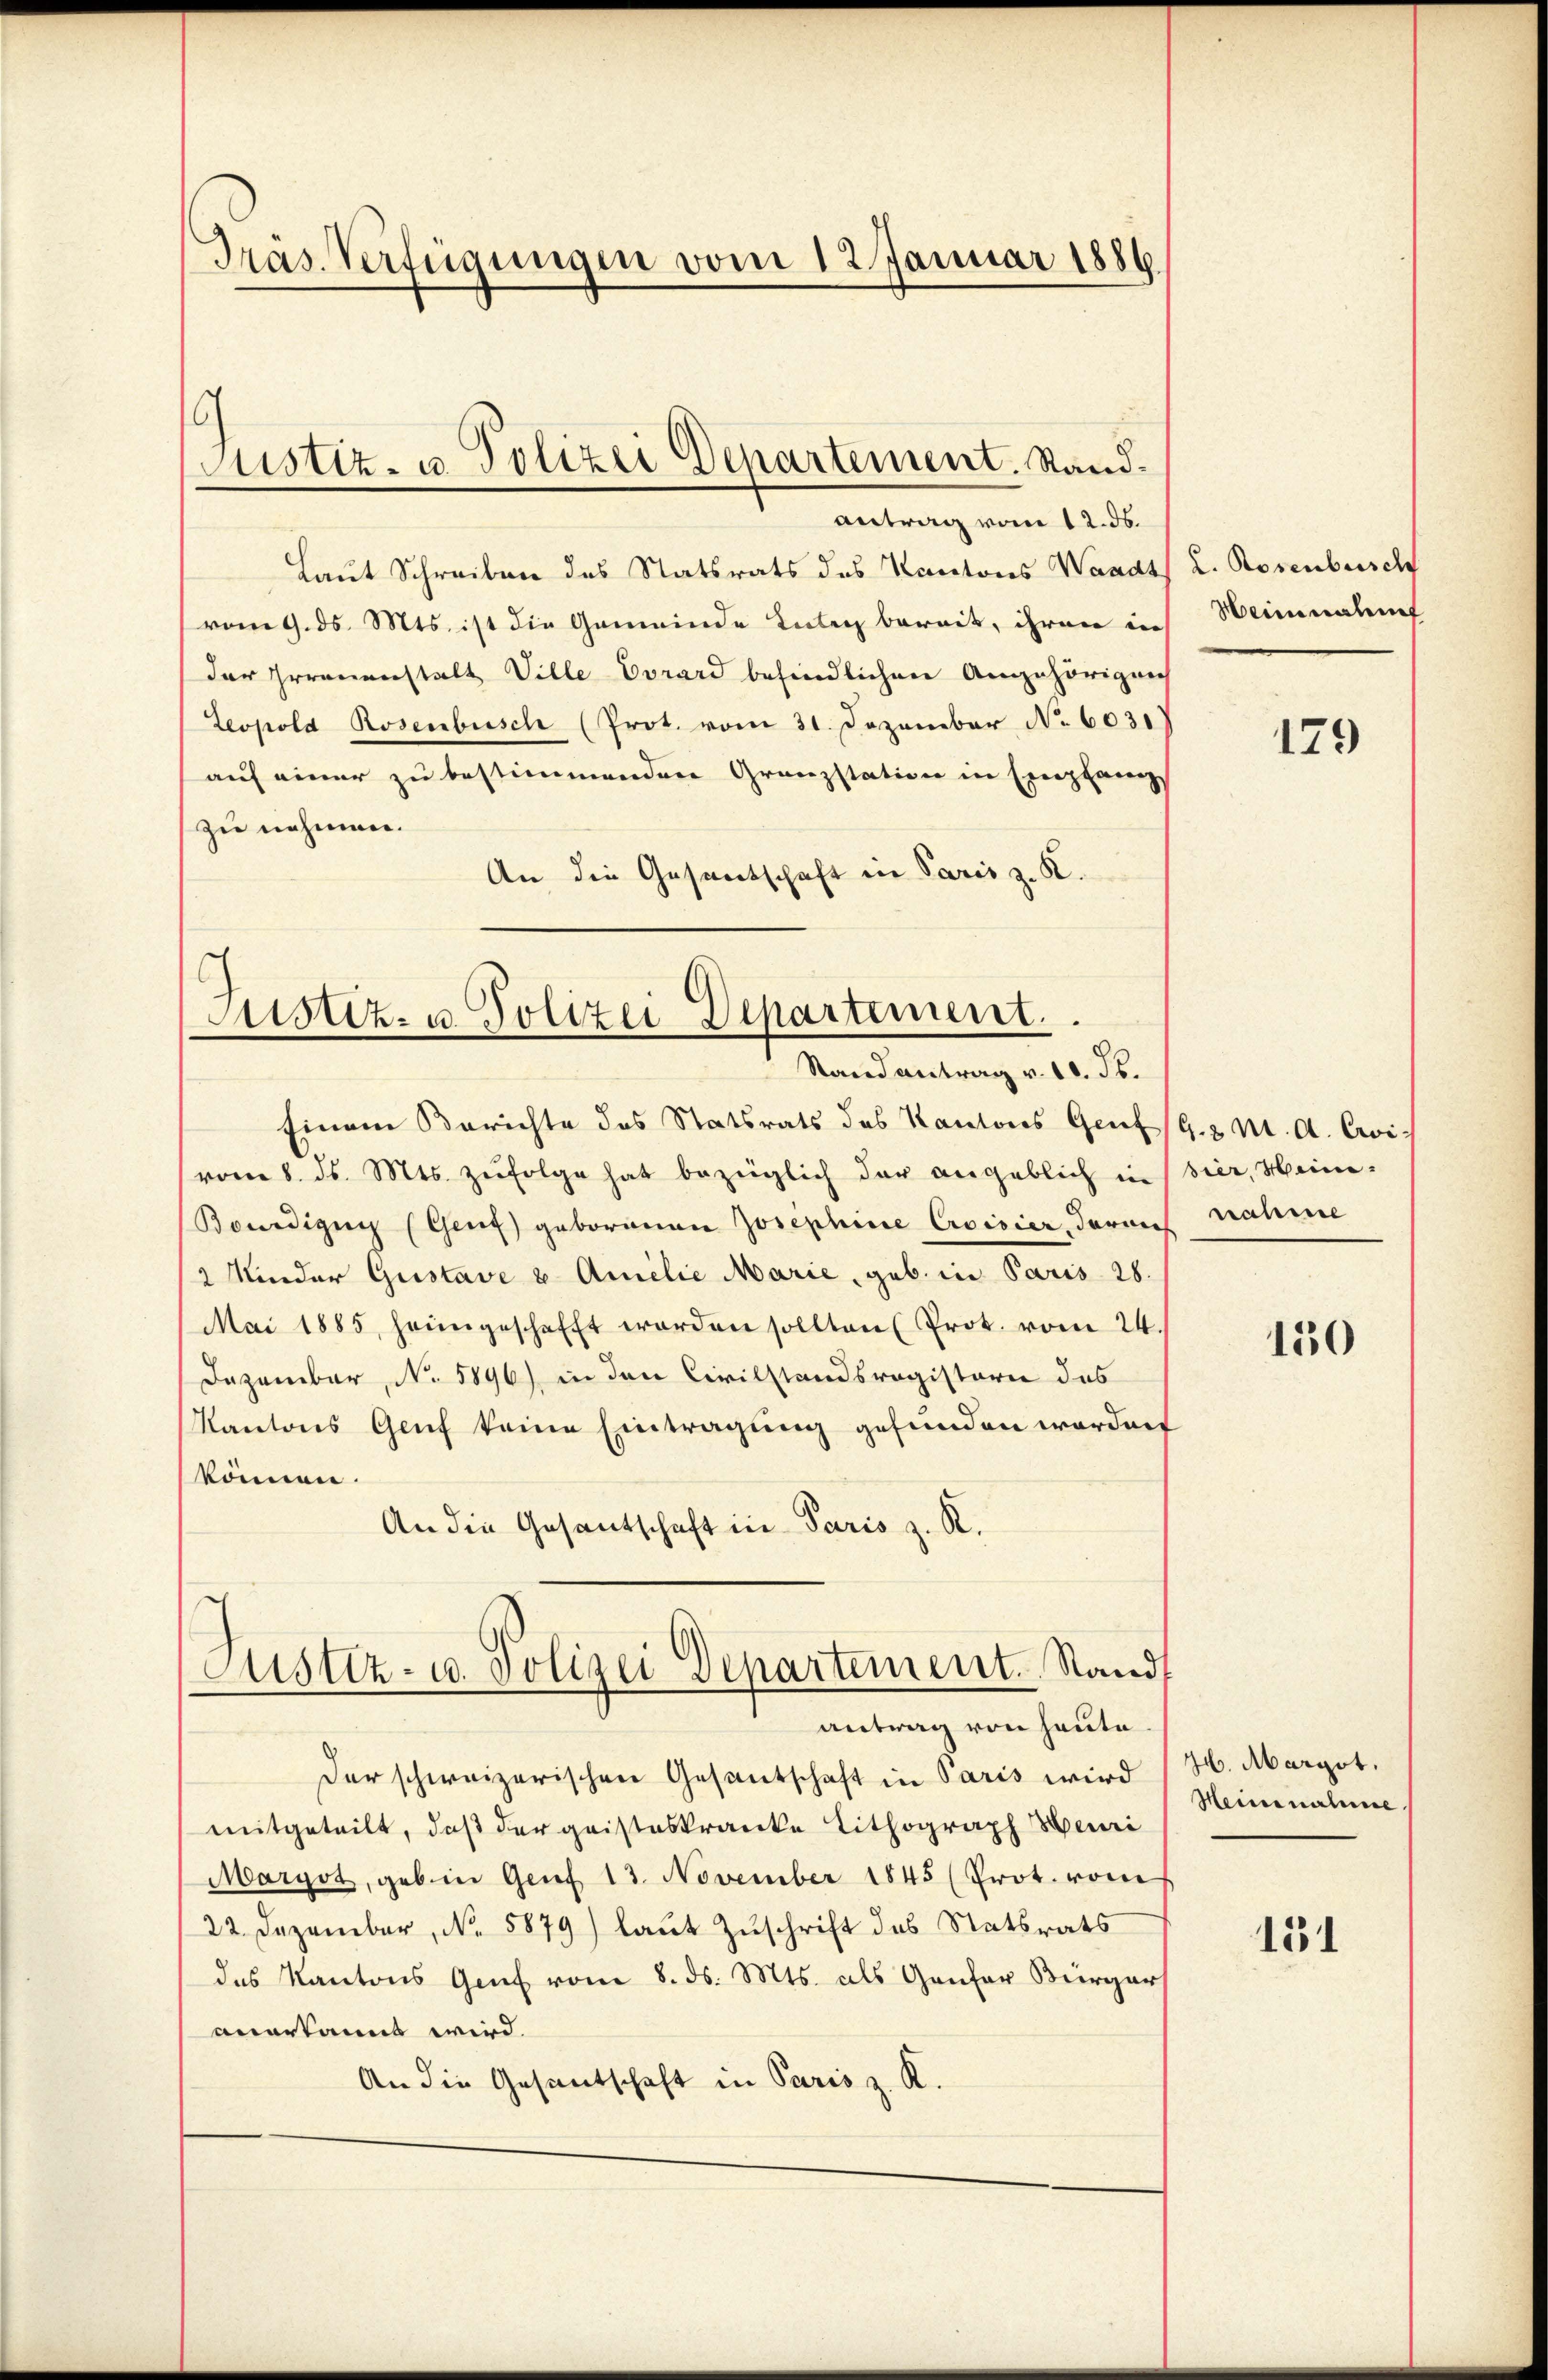
Präs. Verfügungen vom 12 Januar 1886.

Justiz- u. Polizei Departement. Sand¬

antrag vom 12. ds.
Laut Schreiben des Statsrats des Kantons Waadt L. Rosenbusch
vom 9. ds. Mts. ist die Gemeinde tuten bereit, ihren in
der Irrenanstalt Ville Vorard befindlichen Angehörigung
Leopold Rosenbusch (Prot. vom 31. Dezember No 603.
auf einer zu bestimmenden Granzstation in Empfangs
zu nehmen.
An die Gesandschaft in Paris z. R.

Justiz- u. Polizei Departement.
Stand antrag v. 10. ds.

Einem Berichte des Statsrats des Kantons Genf (G.2 M. A. Cris
vom 8. ds. Mts. zŭfolge hat bezüglich der angeblich in Bier, Heini-
Bondizin (Genf geborenen Josephine Croisier, darauf nahme
2 Kinder Gustave u. Amilie Marie, geb. in Paris 28.
Mai 1885, heimgeschafft worden sollten (Prot. vom 24.
Dezember, No. 5896) in den Civilstandsregisterie des
Kantons Genf keine Eintragung gefunden worden
können.
An die Gesantschaft in Paris z. R.
Justiz- u. Polizei Departement. Stand

antrag von heute

Der schweizerischen Gesantschaft in Paris wird (H. Margot.
mitgeteilt, daß der geisteskranke Lithograph Heuri
Maryot, geb in Genf 13. November 1845 (Prot. von
22. Dezember, No. 5879) laŭt Zŭschrift des Statsrats
des Kantons Genf vom 8. ds. Mts. als Genfer Bürger
anerkannt wird.
An die Gesantschaft in Paris z. R.

Meiminalen

179

150

Meine nahme

151